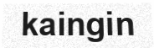
kaingin